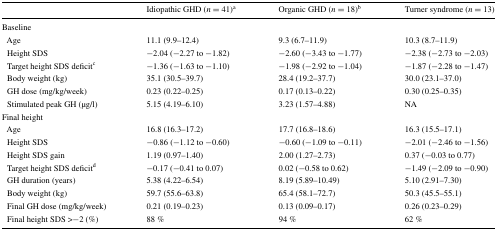
<table><thead><tr><td></td><td><b>Idiopathic GHD (<i>n</i> = 41)<sup>a</sup></b></td><td><b>Organic GHD (<i>n</i> = 18)<sup>b</sup></b></td><td><b>Turner syndrome (<i>n</i> = 13)</b></td></tr></thead><tbody><tr><td colspan="4">Baseline</td></tr><tr><td> Age</td><td>11.1 (9.9–12.4)</td><td>9.3 (6.7–11.9)</td><td>10.3 (8.7–11.9)</td></tr><tr><td> Height SDS</td><td>−2.04 (−2.27 to −1.82)</td><td>−2.60 (−3.43 to −1.77)</td><td>−2.38 (−2.73 to −2.03)</td></tr><tr><td> Target height SDS deficit<sup>c</sup></td><td>−1.36 (−1.63 to −1.10)</td><td>−1.98 (−2.92 to −1.04)</td><td>−1.87 (−2.28 to −1.47)</td></tr><tr><td> Body weight (kg)</td><td>35.1 (30.5–39.7)</td><td>28.4 (19.2–37.7)</td><td>30.0 (23.1–37.0)</td></tr><tr><td> GH dose (mg/kg/week)</td><td>0.23 (0.22–0.25)</td><td>0.17 (0.13–0.22)</td><td>0.30 (0.25–0.35)</td></tr><tr><td> Stimulated peak GH (μg/l)</td><td>5.15 (4.19–6.10)</td><td>3.23 (1.57–4.88)</td><td>NA</td></tr><tr><td colspan="4">Final height</td></tr><tr><td> Age</td><td>16.8 (16.3–17.2)</td><td>17.7 (16.8–18.6)</td><td>16.3 (15.5–17.1)</td></tr><tr><td> Height SDS</td><td>−0.86 (−1.12 to −0.60)</td><td>−0.60 (−1.09 to −0.11)</td><td>−2.01 (−2.46 to −1.56)</td></tr><tr><td> Height SDS gain</td><td>1.19 (0.97–1.40)</td><td>2.00 (1.27–2.73)</td><td>0.37 (−0.03 to 0.77)</td></tr><tr><td> Target height SDS deficit<sup>d</sup></td><td>−0.17 (−0.41 to 0.07)</td><td>0.02 (−0.58 to 0.62)</td><td>−1.49 (−2.09 to −0.90)</td></tr><tr><td> GH duration (years)</td><td>5.38 (4.22–6.54)</td><td>8.19 (5.89–10.49)</td><td>5.10 (2.91–7.30)</td></tr><tr><td> Body weight (kg)</td><td>59.7 (55.6–63.8)</td><td>65.4 (58.1–72.7)</td><td>50.3 (45.5–55.1)</td></tr><tr><td> Final GH dose (mg/kg/week)</td><td>0.21 (0.19–0.23)</td><td>0.13 (0.09–0.17)</td><td>0.26 (0.23–0.29)</td></tr><tr><td> Final height SDS &gt;−2 (%)</td><td>88 %</td><td>94 %</td><td>62 %</td></tr></tbody></table>